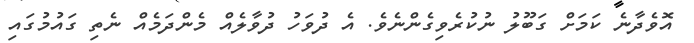
އޮވެދާނެ ކަމަށް ގަބޫލު ނުކުރެވިގެންނެވެ. އެ ދުވަހު ދުވާލެއް މެންދަމެއް ނެތި ގައުމުގައި